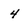
Character: 4